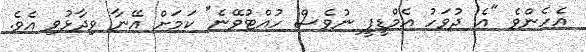
އެހެންވެ "އެ ދުވަހު އެމްޑީޕީ ނުވެސް ހުއްޓުވޭނެ" ކަމަށް އޭނާ ވިދާޅުވި އެވެ.